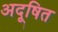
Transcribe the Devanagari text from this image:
अदूषित